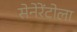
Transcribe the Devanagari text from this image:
सेनेरेंटोला